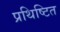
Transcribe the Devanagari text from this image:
प्रथिष्टित